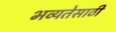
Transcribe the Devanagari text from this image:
भव्यतेसाठी